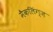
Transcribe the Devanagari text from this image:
मैकलिंग्ज़